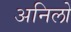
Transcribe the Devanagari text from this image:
अनिलो